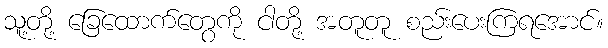
သူ့တို့ ခြေထောက်တွေကို ငါတို့ အတူတူ စည်းပေးကြရအောင်။